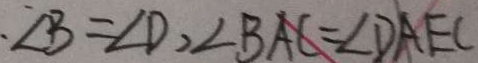
. \angle B = \angle D , \angle B A C = \angle D A E C